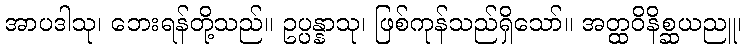
အာပဒါသု၊ ဘေးရန်တို့သည်။ ဥပ္ပန္နာသု၊ ဖြစ်ကုန်သည်ရှိသော်။ အတ္ထဝိနိစ္ဆယညူ၊